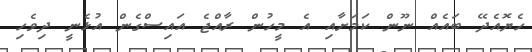
ހެޔޮއެދޭ ބައެއް ނޫން ކަމަށާއި އެ މީހުން ރާއްޖެ އައިސްގެން އުޅެނީ ދިވެހި